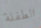
الطفلة